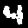
Label: 4